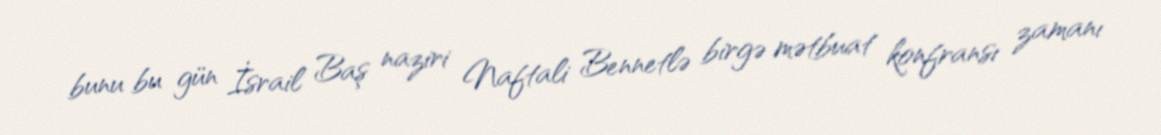
bunu bu gün İsrail Baş naziri Naftali Bennetlə birgə mətbuat konfransı zamanı